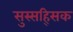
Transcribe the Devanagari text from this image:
सुस्सह्सिक